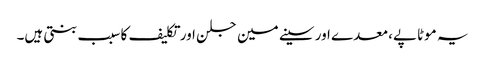
یہ موٹاپے، معدے اور سینے مین جلن اور تکلیف کا سبب بنتی ہیں۔